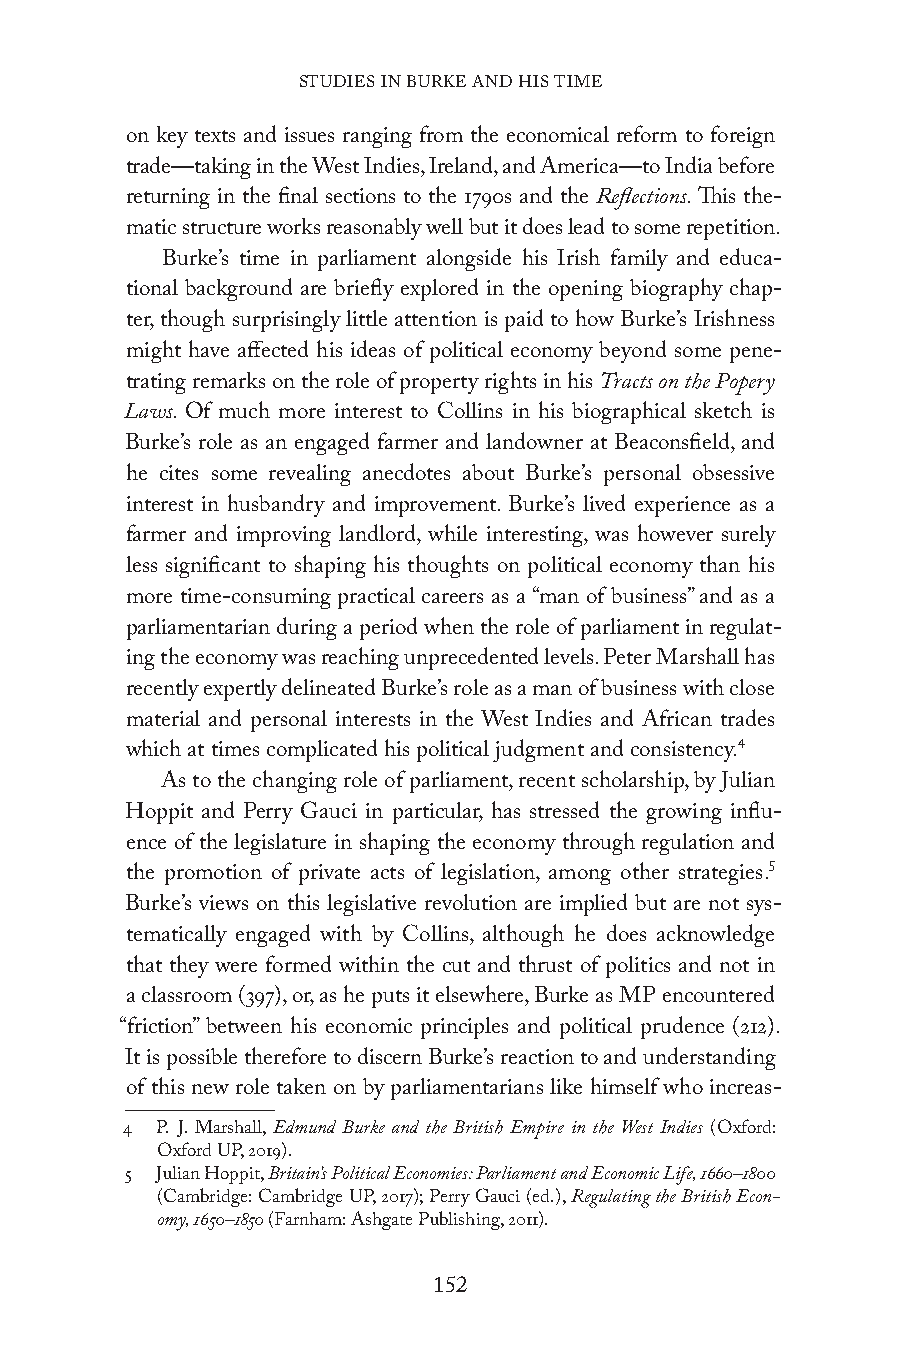
STUDIES IN BURKE AND HIS TIME
 on key texts and issues ranging from the economical reform to foreign
 trade—taking in the West Indies, Ireland, and America—to India before
 returning in the final sections to the 1790s and the Reflections. This the-
 matic structure works reasonably well but it does lead to some repetition.
 Burke’s time in parliament alongside his Irish family and educa-
 tional background are briefly explored in the opening biography chap-
 ter, though surprisingly little attention is paid to how Burke’s Irishness
 might have affected his ideas of political economy beyond some pene-
 trating remarks on the role of property rights in his Tracts on the Popery
 Laws. Of much more interest to Collins in his biographical sketch is
 Burke’s role as an engaged farmer and landowner at Beaconsfield, and
 he cites some revealing anecdotes about Burke’s personal obsessive
 interest in husbandry and improvement. Burke’s lived experience as a
 farmer and improving landlord, while interesting, was however surely
 less significant to shaping his thoughts on political economy than his
 more time-consuming practical careers as a “man of business” and as a
 parliamentarian during a period when the role of parliament in regulat-
 ing the economy was reaching unprecedented levels. Peter Marshall has
 recently expertly delineated Burke’s role as a man of business with close
 material and personal interests in the West Indies and African trades
 which at times complicated his political judgment and consistency.4
 As to the changing role of parliament, recent scholarship, by Julian
 Hoppit and Perry Gauci in particular, has stressed the growing influ-
 ence of the legislature in shaping the economy through regulation and
 the promotion of private acts of legislation, among other strategies.5
 Burke’s views on this legislative revolution are implied but are not sys-
 tematically engaged with by Collins, although he does acknowledge
 that they were formed within the cut and thrust of politics and not in
 a classroom (397), or, as he puts it elsewhere, Burke as MP encountered
 “friction” between his economic principles and political prudence (212).
 It is possible therefore to discern Burke’s reaction to and understanding
 of this new role taken on by parliamentarians like himself who increas-
 4 P. J. Marshall, Edmund Burke and the British Empire in the West Indies (Oxford:
 Oxford UP, 2019).
 5 Julian Hoppit, Britain’s Political Economies: Parliament and Economic Life, 1660–1800
 (Cambridge: Cambridge UP, 2017); Perry Gauci (ed.), Regulating the British Econ-
 omy, 1650–1850 (Farnham: Ashgate Publishing, 2011).
 152